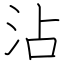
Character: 沾